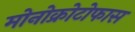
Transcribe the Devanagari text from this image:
मोनोक्रोटोफास